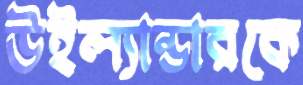
উইল্যান্ডারকে